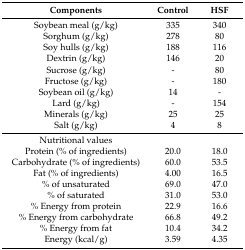
<table><thead><tr><td><b>Components</b></td><td><b>Control</b></td><td><b>HSF</b></td></tr></thead><tbody><tr><td>Soybean meal (g/kg)</td><td>335</td><td>340</td></tr><tr><td>Sorghum (g/kg)</td><td>278</td><td>80</td></tr><tr><td>Soy hulls (g/kg)</td><td>188</td><td>116</td></tr><tr><td>Dextrin (g/kg)</td><td>146</td><td>20</td></tr><tr><td>Sucrose (g/kg)</td><td>-</td><td>80</td></tr><tr><td>Fructose (g/kg)</td><td>-</td><td>180</td></tr><tr><td>Soybean oil (g/kg)</td><td>14</td><td>-</td></tr><tr><td>Lard (g/kg)</td><td>-</td><td>154</td></tr><tr><td>Minerals (g/kg)</td><td>25</td><td>25</td></tr><tr><td>Salt (g/kg)</td><td>4</td><td>8</td></tr><tr><td>Nutritional values</td><td></td><td></td></tr><tr><td>Protein (% of ingredients)</td><td>20.0</td><td>18.0</td></tr><tr><td>Carbohydrate (% of ingredients)</td><td>60.0</td><td>53.5</td></tr><tr><td>Fat (% of ingredients)</td><td>4.00</td><td>16.5</td></tr><tr><td>% of unsaturated</td><td>69.0</td><td>47.0</td></tr><tr><td>% of saturated</td><td>31.0</td><td>53.0</td></tr><tr><td>% Energy from protein</td><td>22.9</td><td>16.6</td></tr><tr><td>% Energy from carbohydrate</td><td>66.8</td><td>49.2</td></tr><tr><td>% Energy from fat</td><td>10.4</td><td>34.2</td></tr><tr><td>Energy (kcal/g)</td><td>3.59</td><td>4.35</td></tr></tbody></table>